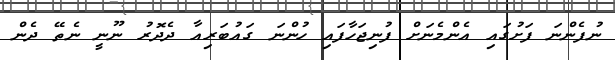
ނުފެންނަ ފަށުގައި އެންމެނަށް ފުނިޖަހާފައި ހުންނަ ގައުބަރިއާ ދެދޮރު ނޫނީ ނެތޭ ދެން